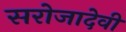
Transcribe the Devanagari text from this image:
सरोजादेवी